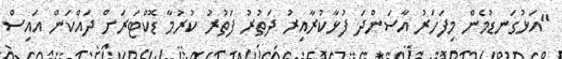
"އަޅުގަނޑުމެން މިފަހަރު އާސަންދަ ފުޅާކުރާއިރު ދަތުރު ފަތުރު ކުރުމާ ޑޮކްޓަރަށް ދައްކަން އައިސް